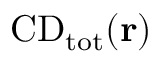
\mathrm { { C D } _ { \mathrm { { t o t } } } ( { \bf r } ) }